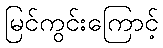
မြင်ကွင်းကြောင့်